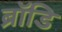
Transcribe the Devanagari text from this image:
ब्रॉडि